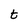
Character: t